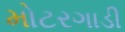
મોટરગાડી